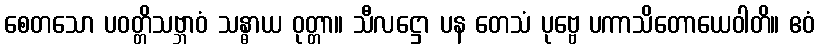
စေတသော ပဝတ္တိသဗ္ဘာဝံ သန္ဓာယ ဝုတ္တာ။ သီလဋ္ဌော ပန တေသံ ပုဗ္ဗေ ပကာသိတောယေဝါတိ။ ဧဝံ